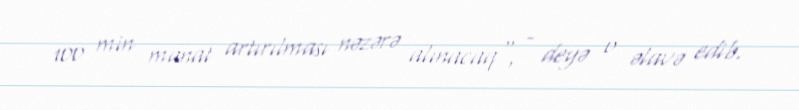
100 min manat artırılması nəzərə alınacaq", - deyə o əlavə edib.